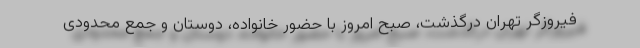
فیروزگر تهران درگذشت، صبح امروز با حضور خانواده، دوستان و جمع محدودی